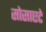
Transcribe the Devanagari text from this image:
सोसाएटे